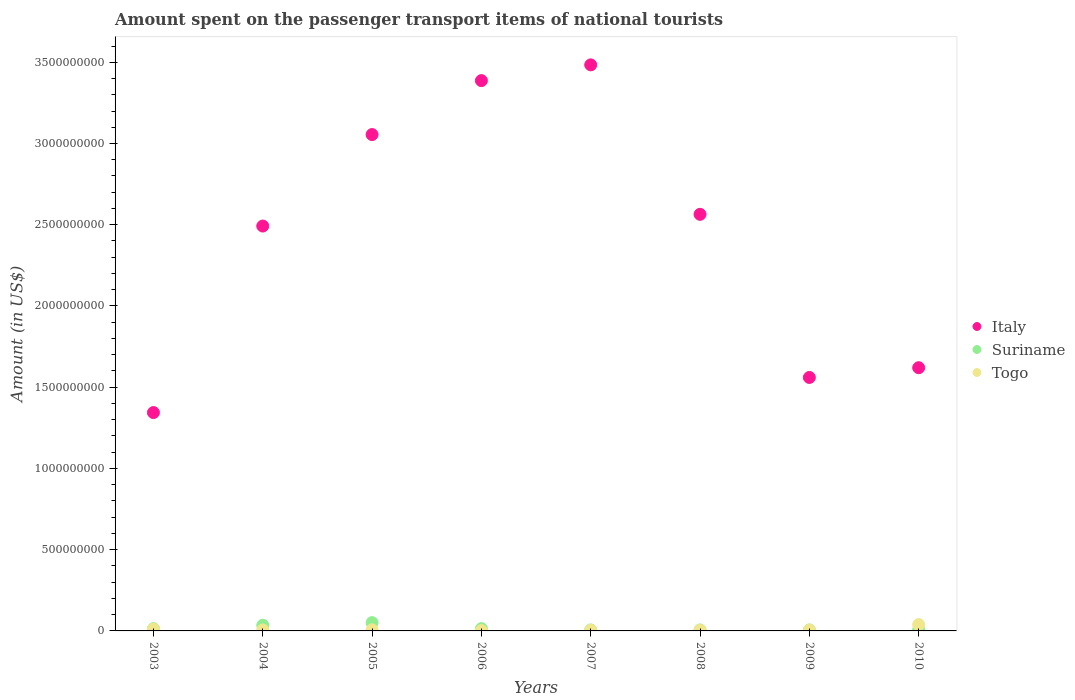
| Years | Italy | Suriname | Togo |
 | --- | --- | --- | --- |
 | 2003 | 1.34e+09 | 1.4e+07 | 1.1e+07 |
 | 2004 | 2.49e+09 | 3.5e+07 | 6e+06 |
 | 2005 | 3.06e+09 | 5.1e+07 | 7e+06 |
 | 2006 | 3.39e+09 | 1.4e+07 | 2e+06 |
 | 2007 | 3.48e+09 | 6e+06 | 4e+06 |
 | 2008 | 2.56e+09 | 6e+06 | 4e+06 |
 | 2009 | 1.56e+09 | 6e+06 | 5e+06 |
 | 2010 | 1.62e+09 | 8e+06 | 3.9e+07 |